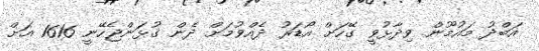
އަބްދު މައުމޫން ވިދާޅުވީ ގޭހަށް އޯޑަރު ދެއްވުމަށް ދެން ގުޅަންޖެހޭނީ 1616 އަށް